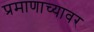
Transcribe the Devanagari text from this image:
प्रमाणाच्यावर